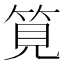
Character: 筧